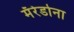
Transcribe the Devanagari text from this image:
मॅरेडोना